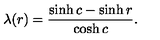
\lambda ( r ) = \frac { \sinh c - \sinh r } { \cosh c } .